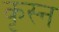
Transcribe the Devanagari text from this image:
कृस्न